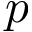
p